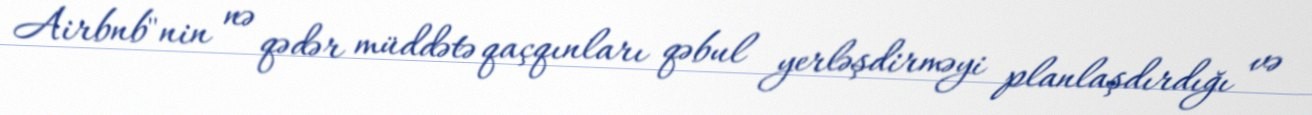
Airbnb"nin nə qədər müddətə qaçqınları qəbul yerləşdirməyi planlaşdırdığı və